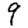
Digit: 9